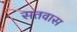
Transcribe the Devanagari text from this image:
सतवास